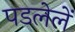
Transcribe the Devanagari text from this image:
पडलेलें